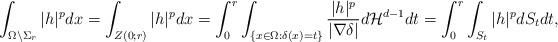
LaTeX: \begin{align*} \int_{\Omega\setminus\Sigma_r} |h|^p dx = \int_{Z(0;r)} |h|^p dx = \int_{0}^{r}\int_{\{x\in\Omega:\delta(x)=t\}}\frac{|h|^p}{|\nabla\delta|}d\mathcal{H}^{d-1}dt =\int_{0}^{r}\int_{S_t}|h|^p dS_tdt,\end{align*}